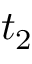
t _ { 2 }